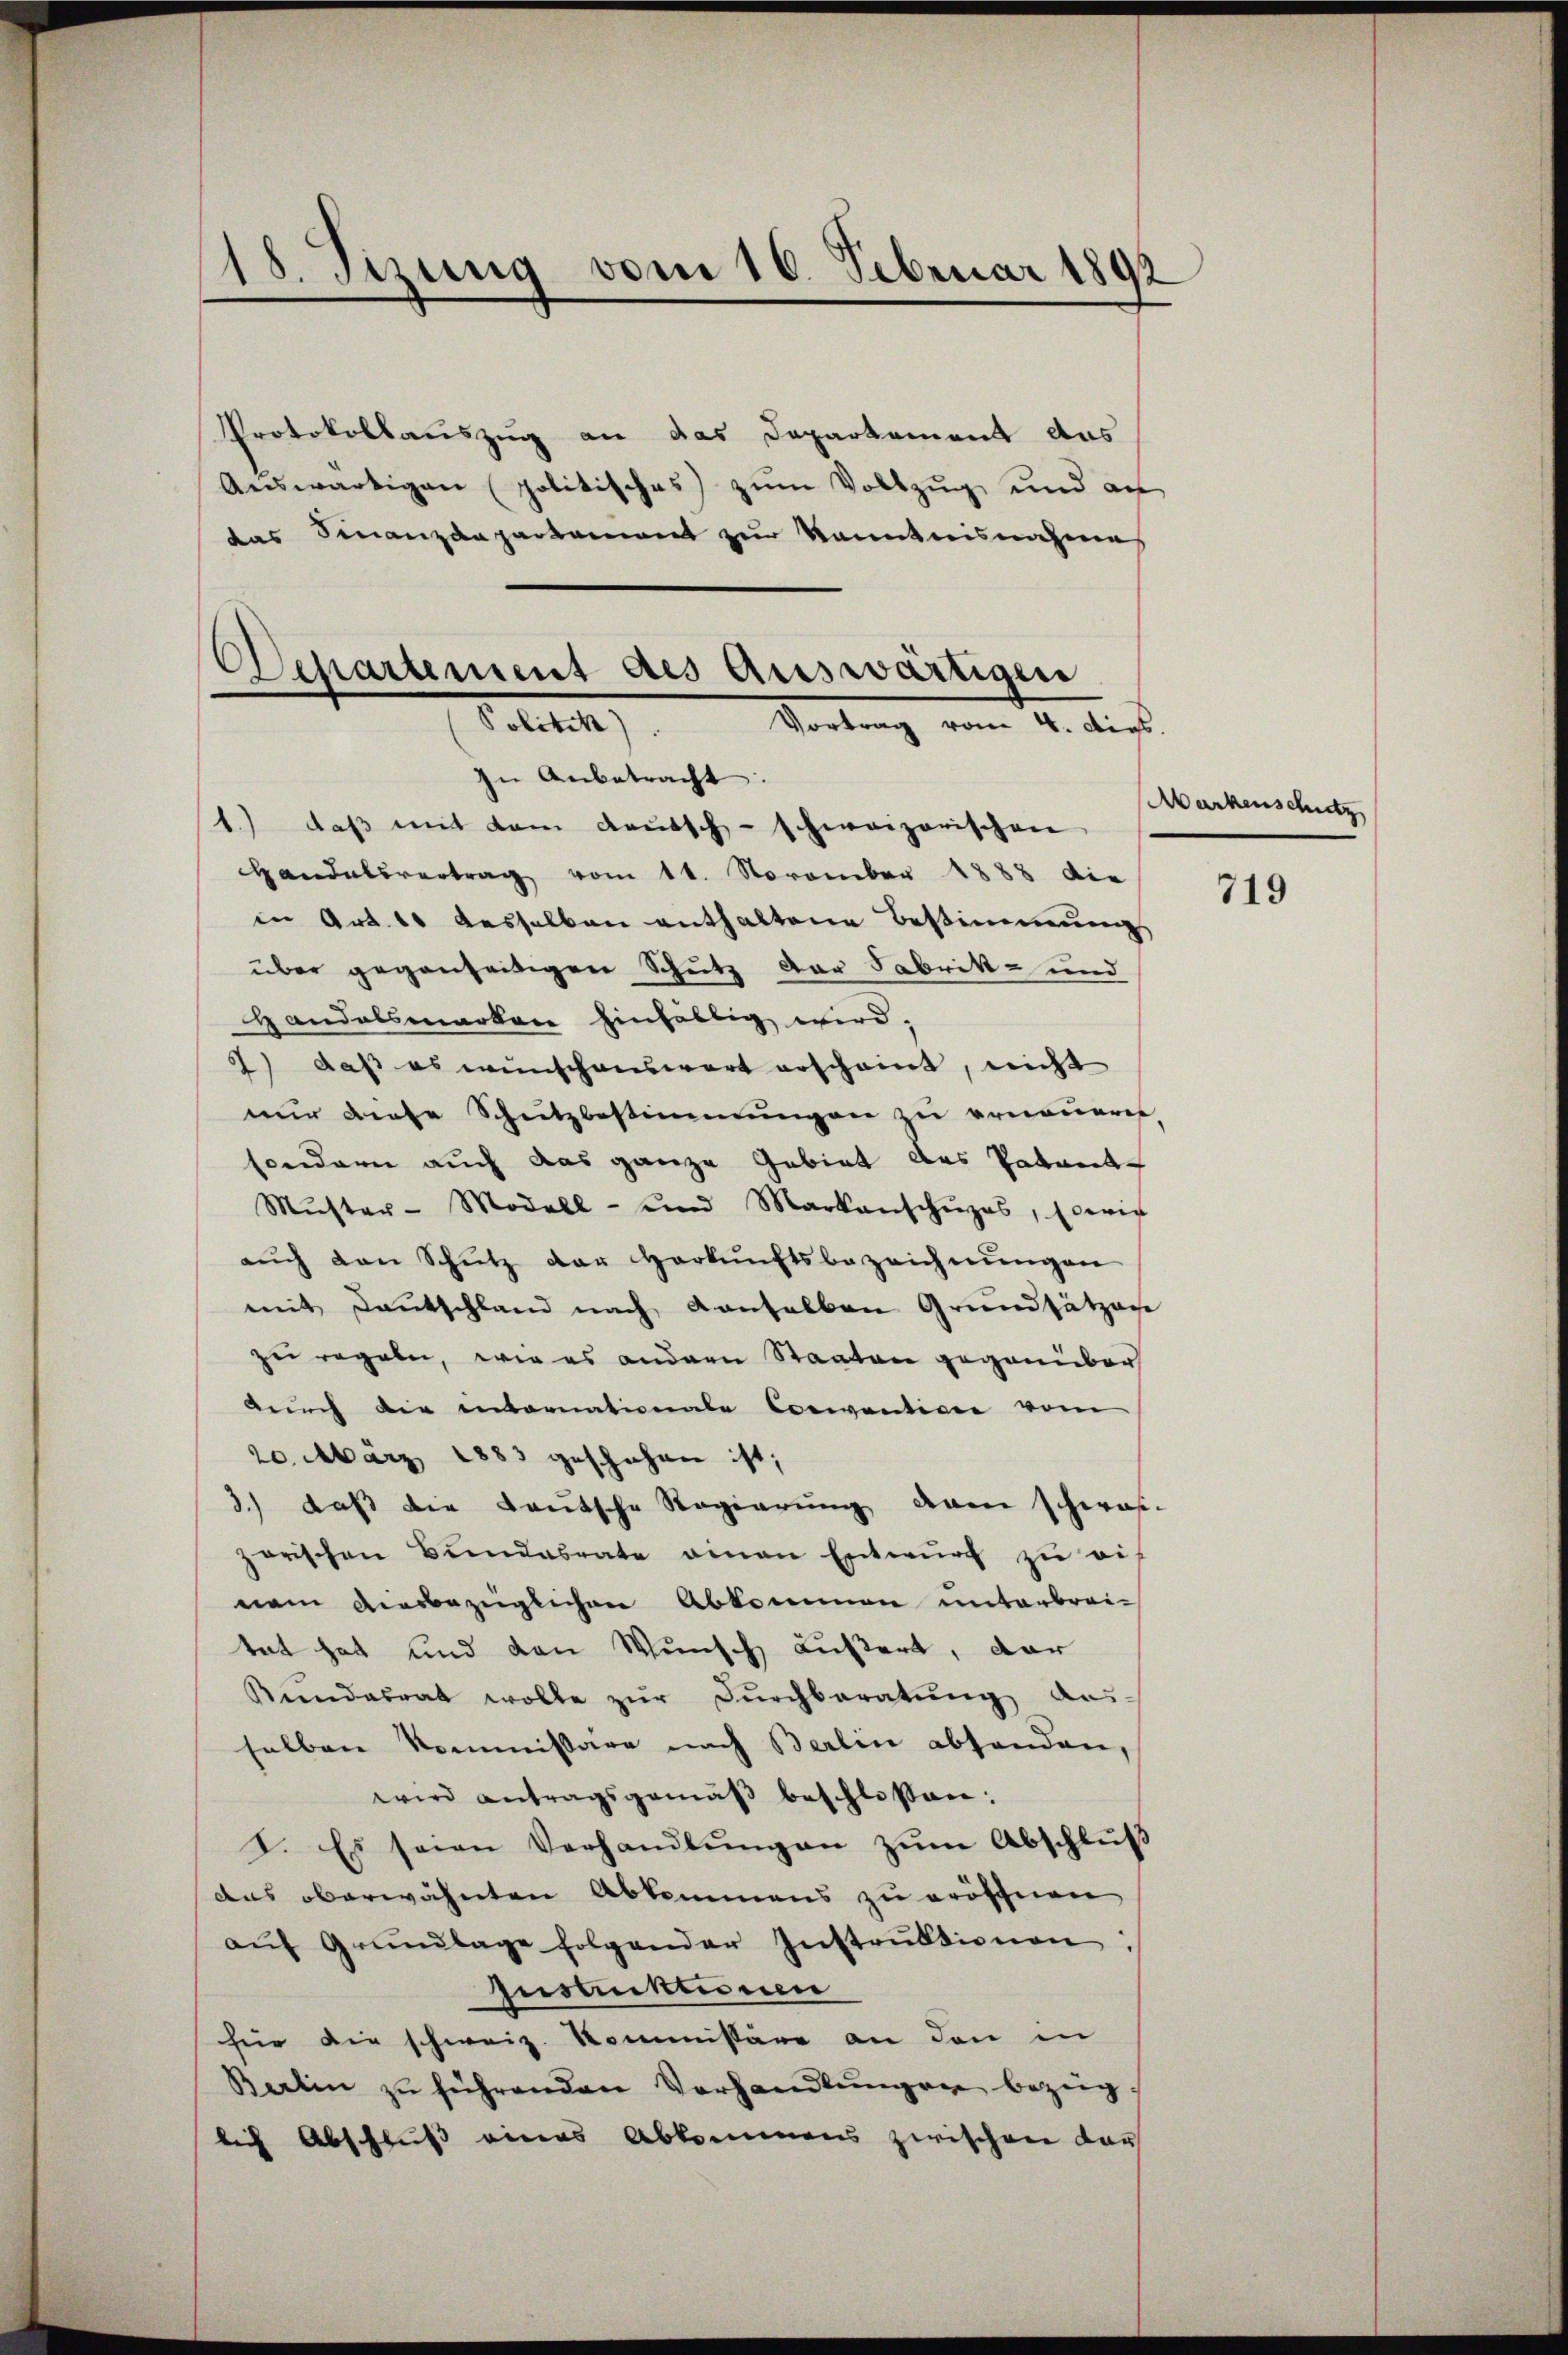
¬
15. Setzung vom 10. Februar 1892

Protokollauszug an das Departement das
Auswärtigen (politisches zum Vollzug und an
das Finanzdepartement zur kanntnisnahmes
Departement des Auswärtigen
Politik).
Vortrag vom 4. dips.

In Anbetracht:

1.) daβ mit dem Kautsch-schweizerischen
Handelsvertrag vom 11. November 1883 die
in Art. 10 desselben enthaltene Bestimmung
über gegenseitigen Schutz der Fabrik- und
Handelsmarken hinfällig wird;
2) daß es wünschenswert erscheint, nicht
mir diese Schutzbestimmungen zu erneuern
sondern auch das ganze Gebiet das Patente
Mŭster - Modell- und Markanschŭpas, sowie
aŭch den Schŭtz der Herkŭnftsbezeichnŭngen
mit Deutschland nach denselben Grundsätzen
zu regeln, wie es andern Staaten gegenüber
durch die intornationale Coccention vom
20. März 1883 geschehen ist;
3.) daß die Lautsche Regierung dann schwas-
zorischen Bŭndesrate einen Entwŭrf zu ei-
nem diesbezüglichen Abkommen unterbrei-
tat hat und den Wunsch außert, dar
Reindesrat wolle zŭr Dŭrchberatŭng aus
selben kommissäre nach Berlin absenden,
wird antragsgemäß beschlossen:
I. Es seien Verhandlŭngen zŭm Abschlŭβ
das oberwähnten Abkommens zu eröffnen
aŭf Grŭndlage folgender Instrŭktionen:
Jusanktionen
für die schweiz. Kommissäre an den in
Barlin zŭ führenden Verhandlŭngen bezeiglich Abschluß eines Abkommens zwischen vor

Markenschitz

719